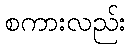
စကားလည်း